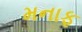
મનાફ